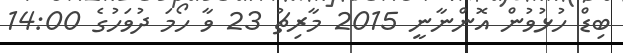
ބިޑް ހުޅުވުން އޮންނާނީ 2015 މާރިޗު 23 ވާ ހޯމަ ދުވަހުގެ 14:00